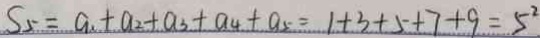
S _ { 5 } = a _ { 1 } + a _ { 2 } + a _ { 3 } + a _ { 4 } + a _ { 5 } = 1 + 3 + 5 + 7 + 9 = 5 ^ { 2 }